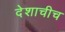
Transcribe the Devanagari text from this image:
देशाचीच